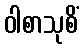
ဝါစာသုစိံ